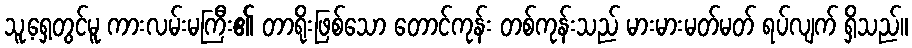
သူ့ရှေ့တွင်မူ ကားလမ်းမကြီး၏ တာရိုးဖြစ်သော တောင်ကုန်း တစ်ကုန်းသည် မားမားမတ်မတ် ရပ်လျက် ရှိသည်။